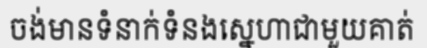
ចង់មានទំនាក់ទំនងស្នេហាជាមួយគាត់